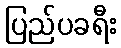
ပြည်ပခရီး